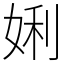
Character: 娳